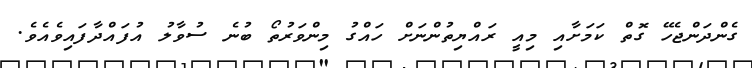
ގެންދަންޖެހޭ ގޮތް ކަމަށާއި މިއީ ރައްޔިތުންނަށް ހައްގު މިންވަރުތޯ ބުނެ ސުވާލު އުފައްދާފައިވެއެވެ.